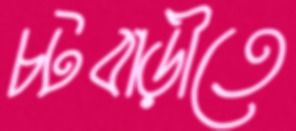
চটবাড়ীতে